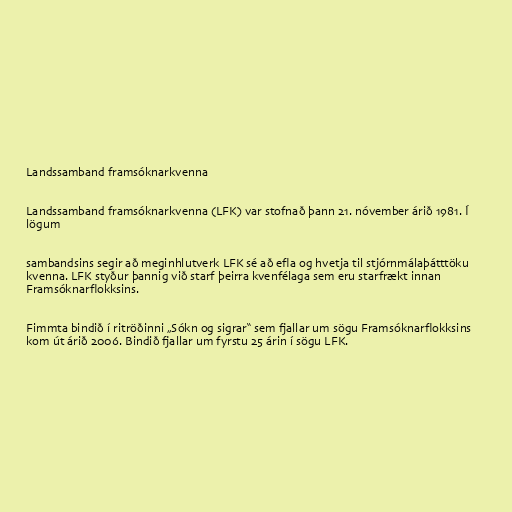
Landssamband framsóknarkvenna

Landssamband framsóknarkvenna (LFK) var stofnað þann 21. nóvember árið 1981. Í
lögum

sambandsins segir að meginhlutverk LFK sé að efla og hvetja til stjórnmálaþátttöku
kvenna. LFK styður þannig við starf þeirra kvenfélaga sem eru starfrækt innan
Framsóknarflokksins.

Fimmta bindið í ritröðinni „Sókn og sigrar“ sem fjallar um sögu Framsóknarflokksins
kom út árið 2006. Bindið fjallar um fyrstu 25 árin í sögu LFK.